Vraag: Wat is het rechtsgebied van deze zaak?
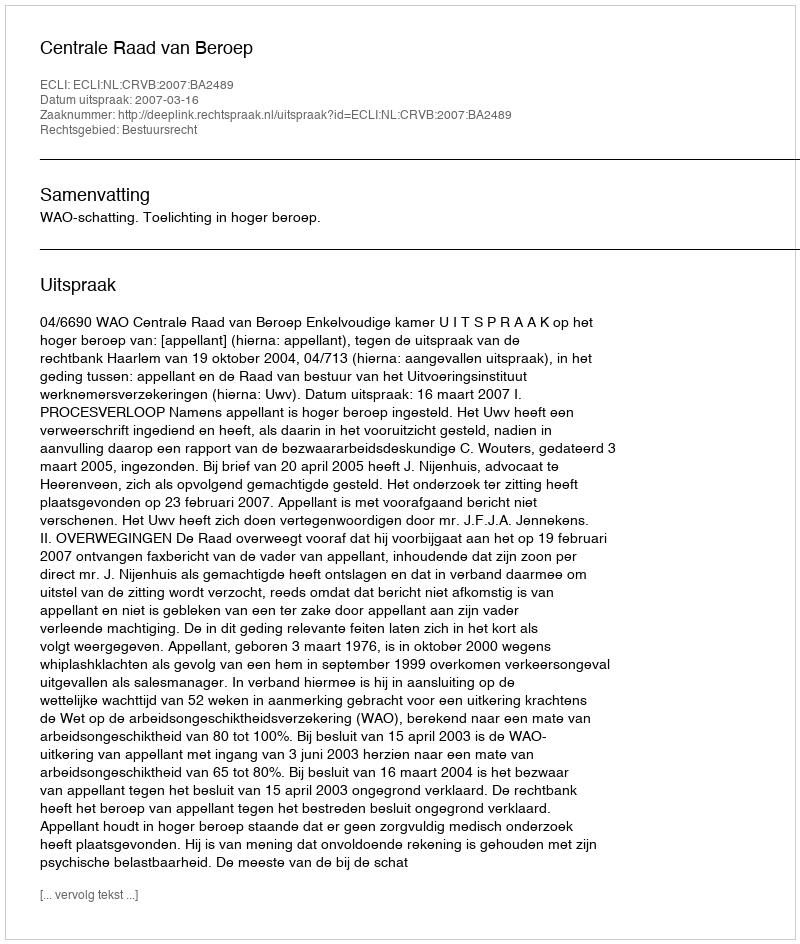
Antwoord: Bestuursrecht